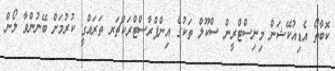
ކޮބާތޯ އެޑިއުކޭޝަން މިނިސްޓްރީން ސްކޫލް ތަކުގެ އިންފްރާސްޓްރަކްޗަރ ތަރައްގީ ކުރުމަށް ބޭނުންވާ ލޯން